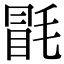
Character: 毷